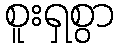
စူးရှစွာ